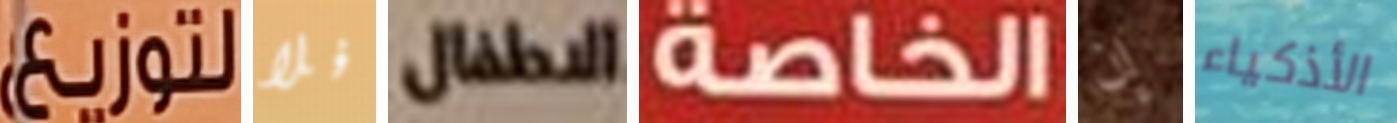
لتوزيع فلا الاطفال الخاصة إن الأذكياء